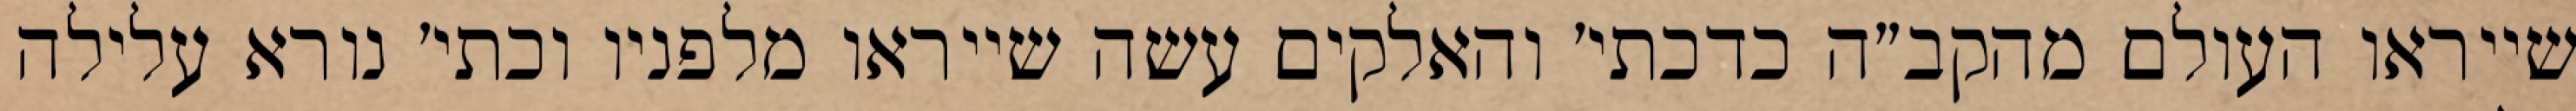
שייראו העולם מהקב״ה כדכתי׳ והאלקים עשה שייראו מלפניו וכתי׳ נורא עלילה